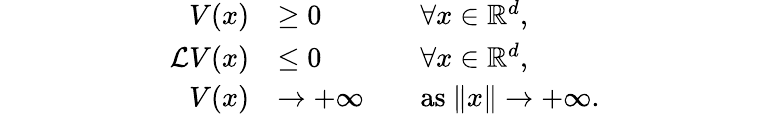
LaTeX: \begin{array}{rlrlrlrlrlrlrlrl}&{}&&{}&&{}&{V(x)}&{\geq 0}&&{\forall x\in\mathbb{R}^{d},}&&{}&&{}&&{}\\ &{}&&{}&&{}&{\mathcal{L}V(x)}&{\leq 0}&&{\forall x\in\mathbb{R}^{d},}&&{}&&{}&&{}\\ &{}&&{}&&{}&{V(x)}&{\to+\infty}&&{\mathrm{as~}\| x\| \to+\infty.}&&{}&&{}&&{}\end{array}